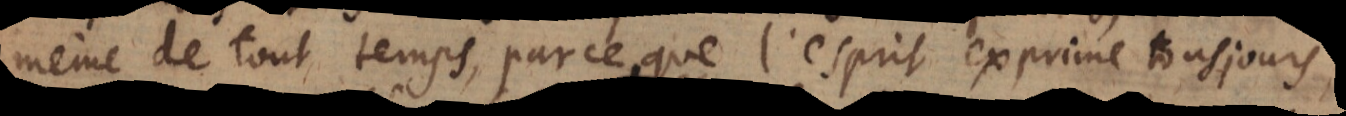
même de tout temps, parce que l’esprit exprime tousjours